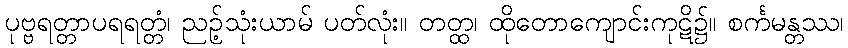
ပုဗ္ဗရတ္တာပရရတ္တံ၊ ညဉ့်သုံးယာမ် ပတ်လုံး။ တတ္ထ၊ ထိုတောကျောင်းကုဋိ၌။ စင်္ကမန္တဿ၊